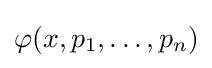
\varphi (x,p_{1},\ldots ,p_{n})